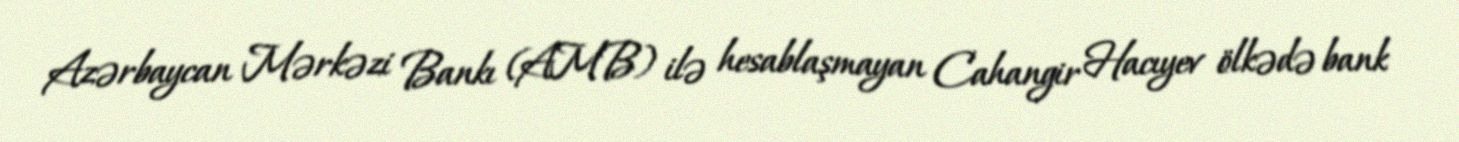
Azərbaycan Mərkəzi Bankı (AMB) ilə hesablaşmayan Cahangir Hacıyev ölkədə bank